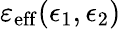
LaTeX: \varepsilon_{\mathrm{eff}}(\epsilon_{1},\epsilon_{2})